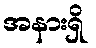
အနားရှိ